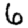
Digit: 6